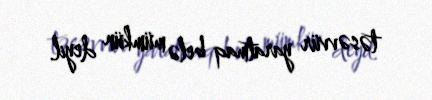
təsəvvür yaratmaq belə mümkün deyil.